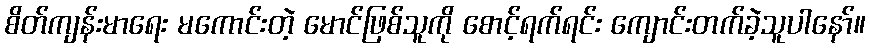
စိတ်ကျန်းမာရေး မကောင်းတဲ့ မောင်ဖြစ်သူကို စောင့်ရက်ရင်း ကျောင်းတက်ခဲ့သူပါနော်။